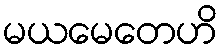
မယမေတေဟိ